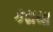
કઢાયા